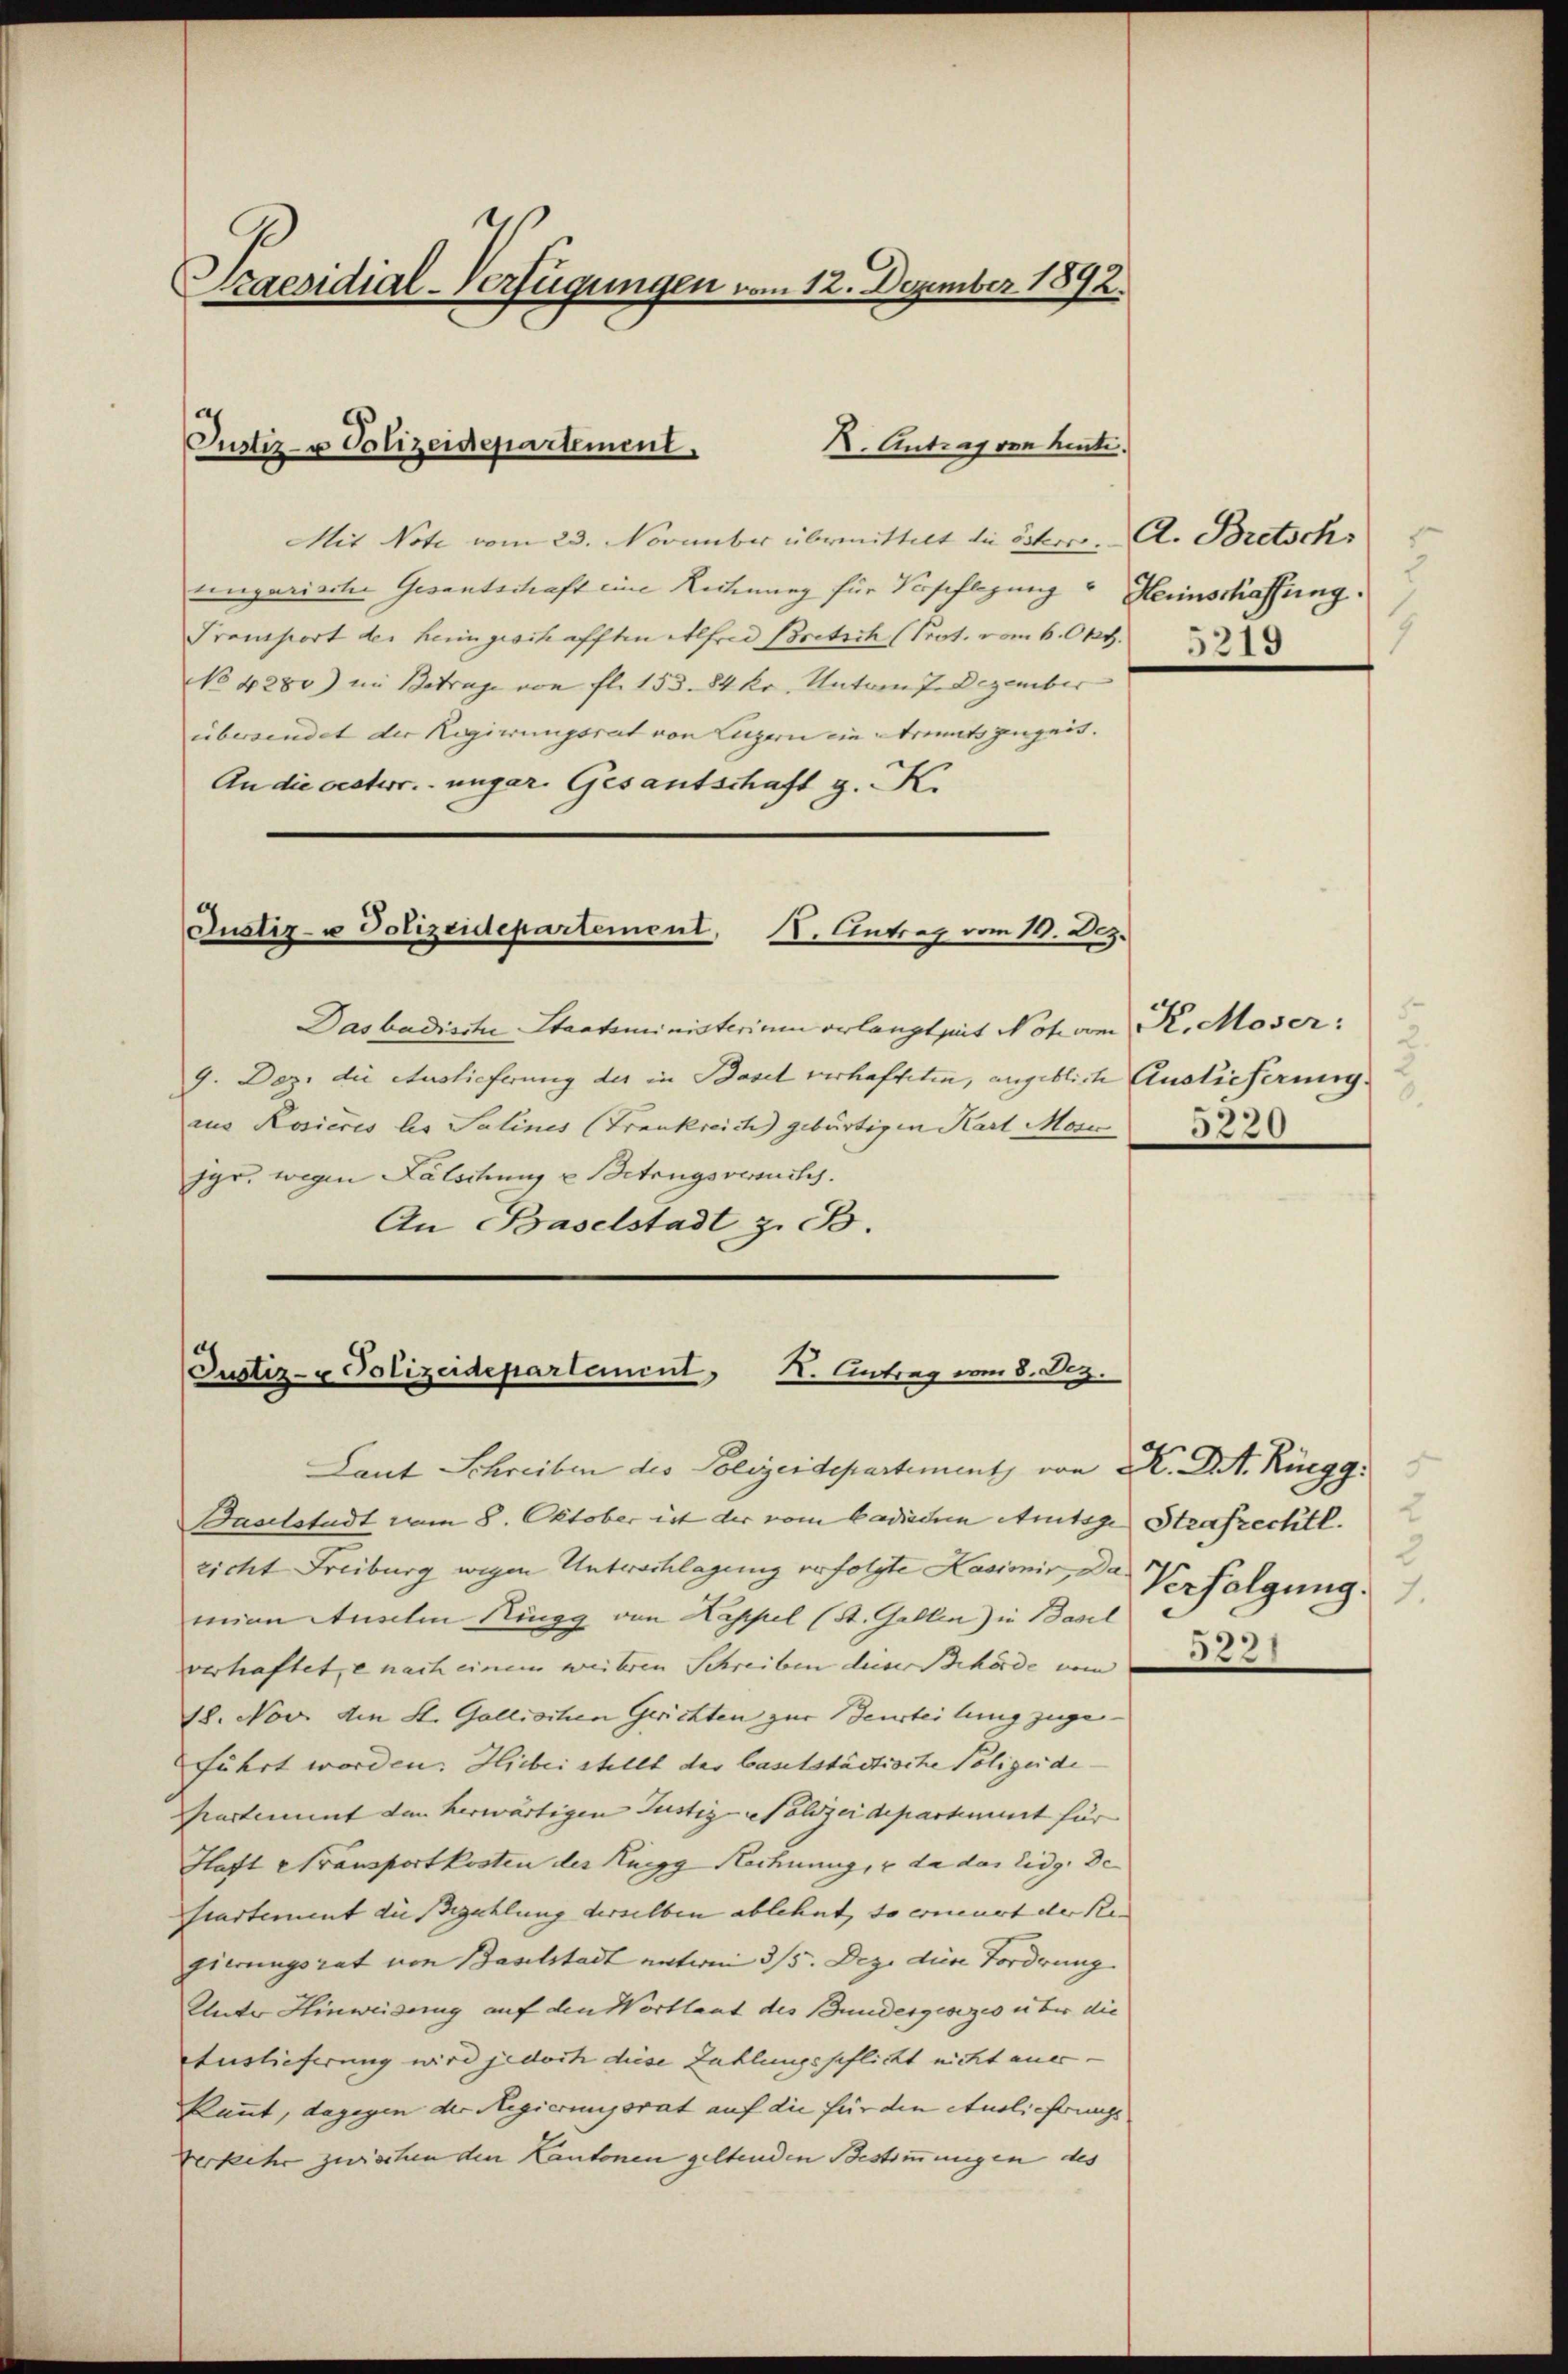
Praesidial-Verfügungen vom 12. Dezember 1892.

Mit Note vom 23. November übermittelt die öster. A. Bretsch
ungarische Gesantschaft eine Reiterung für Vorseflegung Heinschaffung.
Transport der heimgeschafften Alfred Bretsch (Prot. vom 6. Okt.
NNo. 4280) im Betrage von fl. 153. 84 kr. Unterm 7. Dezember
übersendet der Regierungsrat von Luzern ein Streits gezeit. |
An die oesterr. ungar. Gesantschaft g. K.

Justiz- & Polizeidepartement

R. Antrag von heuti

Justiz- u Polizeidepartement, I. Antrag vom 19. Dez.

Das badische Staatsministerium erlangt sit Noham K. Moser:
9. Dez. die Auslieferung der in Basel verhafteten, angeblich Auslieferung.
ius Rosieres les Salines (Trankreich gebürtigen Karl Moric
jgr. wegen Fälschung u Betrugsversch
An Baselstadt z. B.

Justiz- u Polizeidepartement,
K. Antrag vom 8. Dez.

Laut Schreiben des Polizeidepartement von K. A. Rüegg
Baselstadt vom 8. Oktober ist der vom badischen Antige Strafrechtl.
richt Freiburg wegen Untrachlagung verfolgte Kasimir, Da Verfolgung
mian Auselen Ringg von Kappel (St. Gallen) in Basel
verhaftet, e nach einem weiteren Schreiben dieser Behörde vom
18. Nov. den St. Gallischen Gerichten zur Beurteilung zugeführt worden. Hiebei stellt des baselstädtische Polizeidi¬
Kartement den herwärtigen Justiz-Polizeidepartement für |
Haft Fransportkosten des Ruegg Rechnung, u da das Eidg. De
Partement die Bezahlung derselben ablehnt, so erneuert der Re- |
gierungsrat von Baselstadt unteren 3/5. Dez. diese Forderung
Unter Hinweisung auf den Wortlaut des Bundesgesezes über die
Auslieferung wird jedoch diese Zahlungspflicht nicht aner-
kannt, dagegen der Regierungsrat auf die für den Auslicherungs
Verkehr zwischen den Kantonen geltenden Bestimmungen des

1
5219

2.
5220

2
3
522)